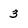
Character: 3